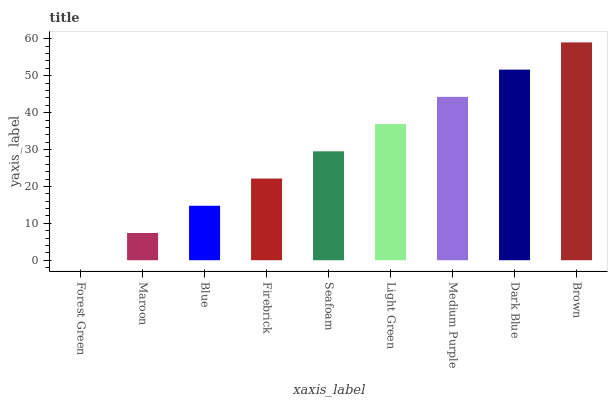
| xaxis_label | bars |
 | --- | --- |
 | Forest Green | 0 |
 | Maroon | 7.38 |
 | Blue | 14.8 |
 | Firebrick | 22.1 |
 | Seafoam | 29.5 |
 | Light Green | 36.9 |
 | Medium Purple | 44.3 |
 | Dark Blue | 51.7 |
 | Brown | 59 |